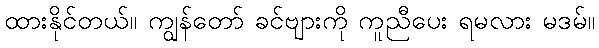
ထားနိုင်တယ်။ ကျွန်တော် ခင်ဗျားကို ကူညီပေး ရမလား မဒမ်။